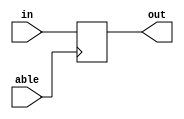
module TempRegister (input [31:0] in,
                     input able,
                     output reg [31:0] out);
                    
    reg [31:0] temp = 32'b0;

    always @(posedge able) begin
        temp <= in;
    end

    assign out = temp;

endmodule